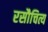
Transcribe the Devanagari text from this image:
रसौचित्य